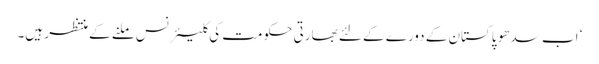
‘ اب سدھو پاکستان کے دورے کے لئے بھارتی حکومت کی کلیئرنس ملنے کے منتظر ہیں۔